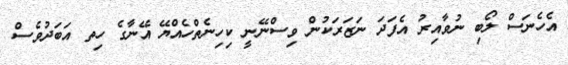
އެހެނަސް ލޯބި ނުވާއިރު އެފަދަ ނަޒަރަކުން ވިސްނޭނީ ކިހިނެތްހެއްޔޭ އޭނާގެ ހިތ އަބަދުވެސް